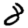
Digit: 8